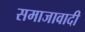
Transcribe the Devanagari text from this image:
समाजावादी